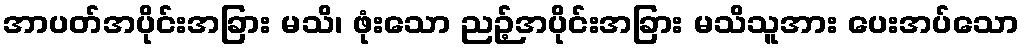
အာပတ်အပိုင်းအခြား မသိ၊ ဖုံးသော ညဉ့်အပိုင်းအခြား မသိသူအား ပေးအပ်သော